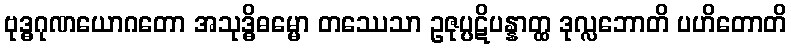
ဗုဒ္ဓဂုဏယောဂတော အသုဒ္ဓိဓမ္မော တဿေသာ ဥဇုပ္ပဋိပန္နာတ္ထ ဒုလ္လဘောတိ ပဟိတောတိ